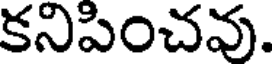
కనిపించవు.